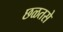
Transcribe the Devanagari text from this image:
छळतसे